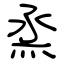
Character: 烝